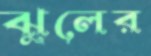
ঝুলের